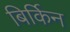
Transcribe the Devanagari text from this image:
बिर्किन